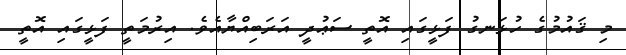
މި ޤައުމުގެ ހުޅަނގު ފަޅީގައި އޮތީ ސަޢުދީ އަރަބިއްޔާއެވެ. އިރުމަތީ ފަޅީގައި އޮތީ